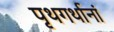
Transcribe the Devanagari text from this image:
पृथगर्थानां